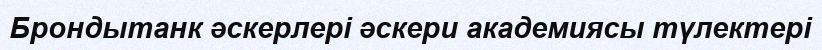
Брондытанк әскерлері әскери академиясы түлектері